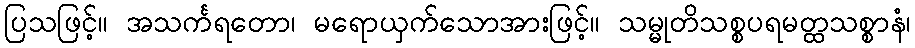
ပြသဖြင့်။ အသင်္ကရတော၊ မရောယှက်သောအားဖြင့်။ သမ္မုတိသစ္စပရမတ္ထသစ္စာနံ၊